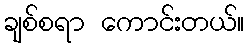
ချစ်စရာ ကောင်းတယ်။